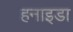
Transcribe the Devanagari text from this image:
हनाइडा